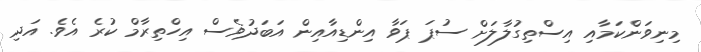
މިނިވަންކަމާއި އިސްތިގުލާލަށް ސުޕަ ޕަވާ އިންޑިއާއިން އަބަދުވެސް އިހްތިރާމް ކުރެ އެވެ. އަދި